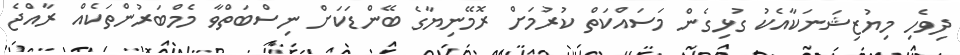
ދިވެހި މިޔުޒިޝަނަކާއެކު ގުޅިގެން މަސައްކަތް ކުރުމަށް ރޮމޭނިޔާގެ ބޭންޑަކަށް ނިސްބަތްވާ މެމްބަރުންތަކެއް ރާއްޖެ